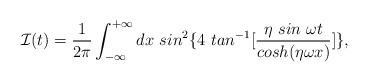
\begin{align*}{\cal I}(t)=\frac{1}{2\pi}\int_{-\infty}^{+\infty}dx\ sin^2\{4\ tan^{-1}[\frac{\eta\ sin\ \omega t}{cosh(\eta\omega x)}]\},\end{align*}